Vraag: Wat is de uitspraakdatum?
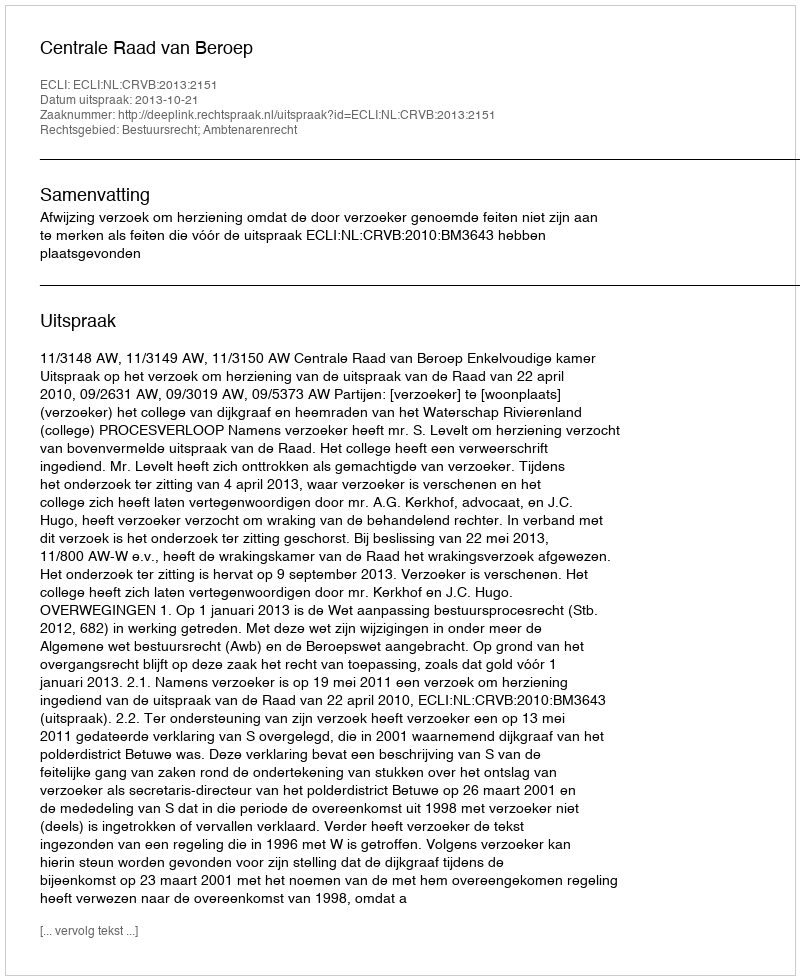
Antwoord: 2013-10-21